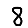
Digit: 8